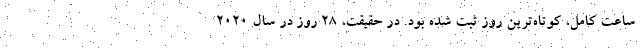
ساعت کامل، کوتاه‌ترین روز ثبت شده بود. در حقیقت، ۲۸ روز در سال ۲۰۲۰